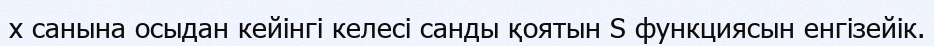
x санына осыдан кейінгі келесі санды қоятын S функциясын енгізейік.